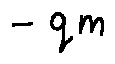
- q m